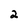
Character: 2